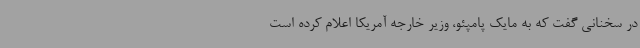
در سخنانی گفت که به مایک پامپئو، وزیر خارجه آمریکا اعلام کرده است